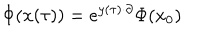
\Phi ( x ( \tau ) ) = e ^ { y ( \tau ) \cdot \partial } \Phi ( x _ { 0 } )